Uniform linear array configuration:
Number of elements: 24
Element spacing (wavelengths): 0.5
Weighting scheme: exponential
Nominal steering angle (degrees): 30
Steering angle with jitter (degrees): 31.835
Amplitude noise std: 0.05
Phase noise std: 0.05

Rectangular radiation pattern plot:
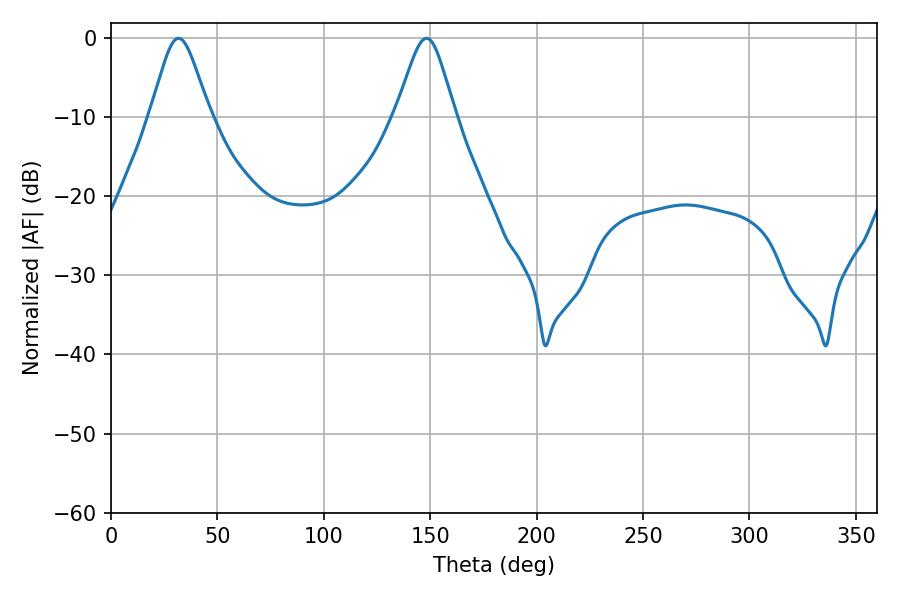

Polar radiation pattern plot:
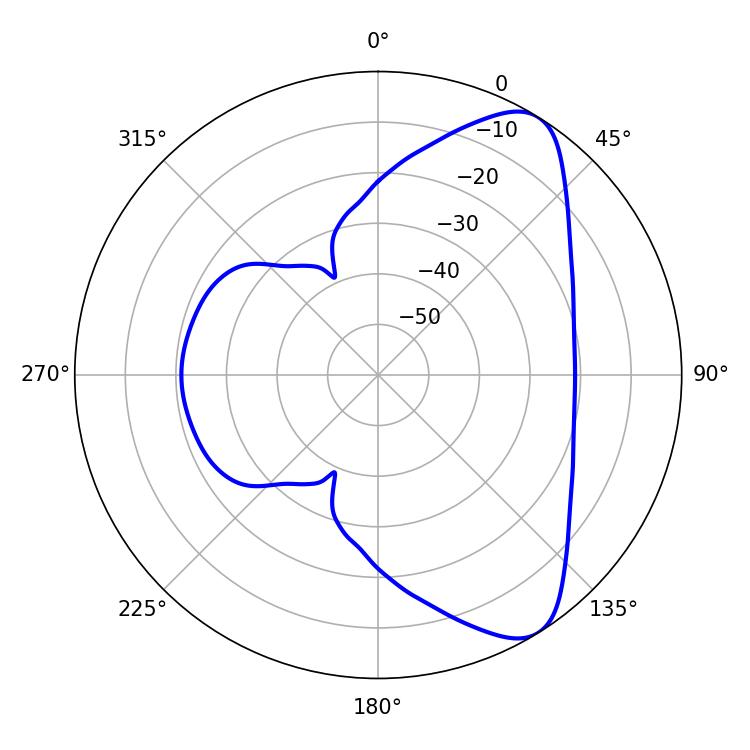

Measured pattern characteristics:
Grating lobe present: FALSE
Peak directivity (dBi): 8.123
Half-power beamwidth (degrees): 13.5
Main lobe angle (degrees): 31.68